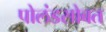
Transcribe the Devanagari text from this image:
पोलंडसोबत